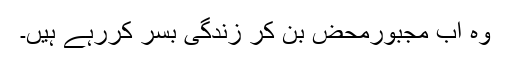
وہ اب مجبورمحض بن کر زندگی بسر کررہے ہیں۔